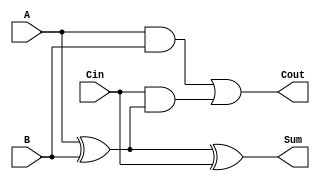
module LowPowerFullAdder (
    input wire A,    // First input bit
    input wire B,    // Second input bit
    input wire Cin,  // Carry-in bit
    output wire Sum, // Sum output
    output wire Cout // Carry-out output
);

    // Intermediate signals for the Full Adder
    wire AxorB; // A  B
    wire AB;    // A AND B
    wire CinAndAxorB; // Cin AND (A  B)

    // Logic for Sum output: Sum = A  B  Cin
    assign AxorB = A ^ B;                  // First XOR operation
    assign Sum = AxorB ^ Cin;              // Final Sum output

    // Logic for Cout output: Cout = (A AND B) OR (Cin AND (A  B))
    assign AB = A & B;                      // A AND B
    assign CinAndAxorB = Cin & AxorB;      // Cin AND (A  B)
    assign Cout = AB | CinAndAxorB;        // Final Cout output

endmodule